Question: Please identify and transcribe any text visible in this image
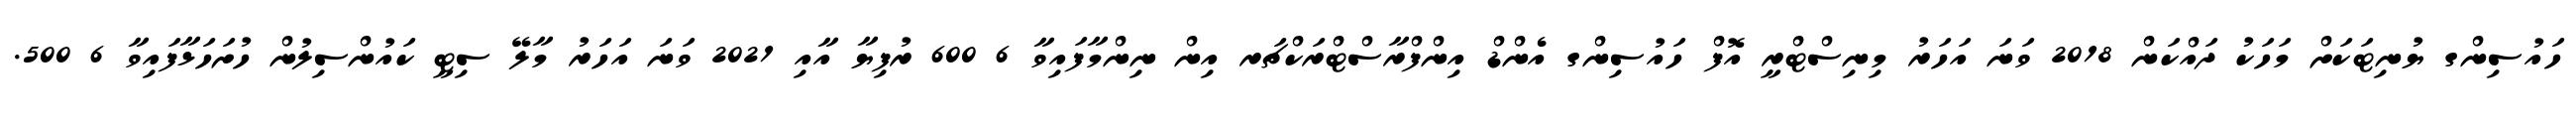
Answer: ހައުސިންގ ޔުނިޓަކަށް މަހަކު ދައްކަން 2018 ވަނަ އަހަރު މިނިސްޓްރީ އޮފް ހައުސިންގ އެންޑް އިންފްރާސްޓްރަކްޗަރ އިން ނިންމާފައިވާ 6 600 ރުފިޔާ އާއި 2021 ވަނަ އަހަރު މާލޭ ސިޓީ ކައުންސިލުން ހުށަހަޅާފައިވާ 6 500.